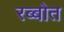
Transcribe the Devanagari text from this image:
रब्बोत